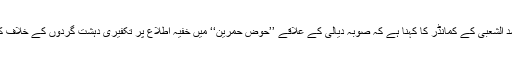
دوسری طرف حشد الشعبی کے کمانڈر کا کہنا ہے کہ صوبہ دیالی کے علاقے ’’حوض حمرین‘‘ میں خفیہ اطلاع پر تکفیری دہشت گردوں کے خلاف کارروائی کی گئی۔